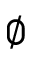
\emptyset